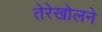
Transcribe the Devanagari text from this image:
तेरेखोलने